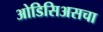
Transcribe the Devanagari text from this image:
ओडिसिअसचा